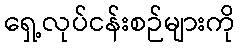
ရှေ့လုပ်ငန်းစဉ်များကို